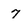
Character: 7